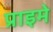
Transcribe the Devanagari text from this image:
प्राइमे